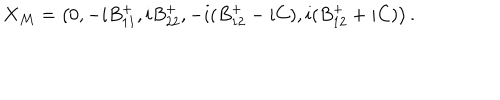
X _ { \cal M } = \left( 0 , - i B _ { 1 1 } ^ { + } , i B _ { 2 2 } ^ { + } , - i ( B _ { 1 2 } ^ { + } - i C ) , i ( B _ { 1 2 } ^ { + } + i C ) \right) .